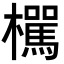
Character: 𣟭